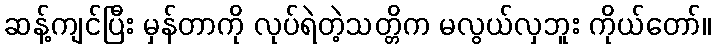
ဆန့်ကျင်ပြီး မှန်တာကို လုပ်ရဲတဲ့သတ္တိက မလွယ်လှဘူး ကိုယ်တော်။